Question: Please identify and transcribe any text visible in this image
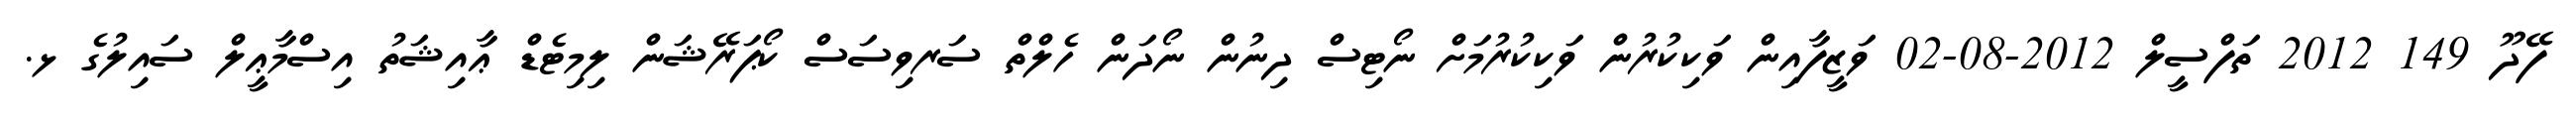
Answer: ފޭދޫ 149 2012 ތަފްސީލް 2012-08-02 ވަޒީފާއިން ވަކިކުރުން ވަކިކުރުމަށް ނޯޓިސް ދިނުން ނޯދަން ހެލްތް ސަރވިސަސް ކޯޕަރޭޝަން ލިމިޓެޑް ޢާއިޝަތު އިސްމާޢީލް ސައިލުގެ ޅ.